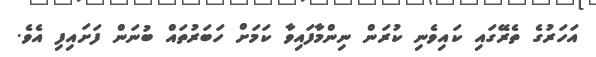
އަހަރުގެ ތެރޭގައި ކައިވެނި ކުރަން ނިންމާފައިވާ ކަމަށް ހަބަރުތައް ބުނަން ފަށައިފި އެވެ.